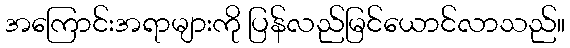
အကြောင်းအရာများကို ပြန်လည်မြင်ယောင်လာသည်။